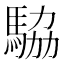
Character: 𬳫